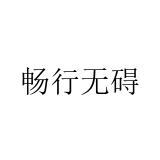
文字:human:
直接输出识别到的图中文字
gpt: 畅行无碍